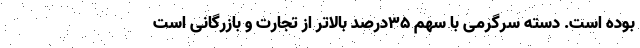
بوده است. دسته سرگرمی با سهم ۳۵درصد بالاتر از تجارت و بازرگانی است